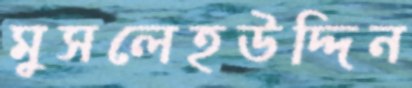
মুসলেহউদ্দিন